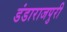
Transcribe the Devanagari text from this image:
डंडाराजपुरी